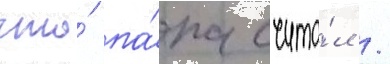
что́ па́па счита́л /